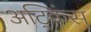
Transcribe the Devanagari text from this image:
अट्किंस